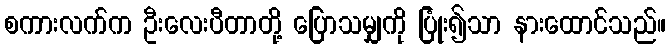
စကားလက်က ဦးလေးပီတာတို့ ပြောသမျှကို ပြုံး၍သာ နားထောင်သည်။